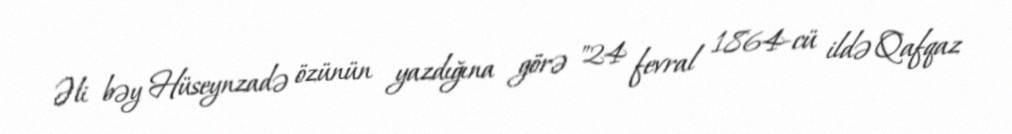
Əli bəy Hüseynzadə özünün yazdığına görə "24 fevral 1864-cü ildə Qafqaz